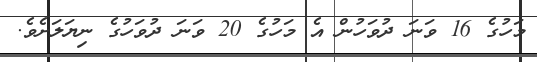
މަހުގެ 16 ވަނަ ދުވަހުން އެ މަހުގެ 20 ވަނަ ދުވަހުގެ ނިޔަލަށެވެ.